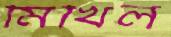
মিখিল